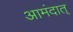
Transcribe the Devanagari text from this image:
आमंदात्‌